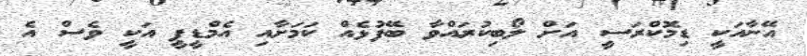
އޭނާއަކީ ޑިމޮކްރަސީ އަށް ލޯބިކުރައްވާ ބޭފުޅެއް ކަމަށާއި އެމްޑީޕީ އަކީ ވެސް އެ